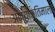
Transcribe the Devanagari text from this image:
अन्योक्तिमाला